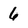
Character: 6